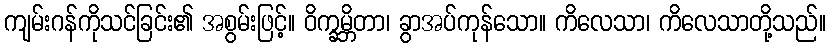
ကျမ်းဂန်ကိုသင်ခြင်း၏ အစွမ်းဖြင့်။ ဝိက္ခမ္ဘိတာ၊ ခွာအပ်ကုန်သော။ ကိလေသာ၊ ကိလေသာတို့သည်။